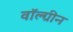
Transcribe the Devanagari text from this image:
वॉल्ग्रीन